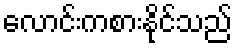
လောင်းကစားနိုင်သည်